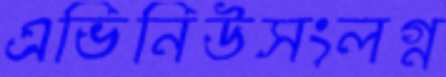
এভিনিউসংলগ্ন